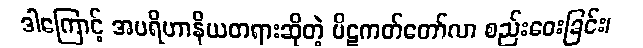
ဒါကြောင့် အပရိဟာနိယတရားဆိုတဲ့ ပိဋကတ်တော်လာ စည်းဝေးခြင်း၊